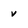
Character: v